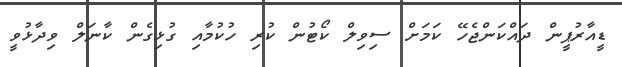
ޑީއާރުޕީން ދައްކަންޖެހޭ ކަމަށް ސިވިލް ކޯޓުން ކުރި ހުކުމާއި ގުޅިގެން ކާނަލް ވިދާޅުވީ